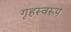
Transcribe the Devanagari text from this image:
गृहस्वरूप